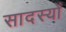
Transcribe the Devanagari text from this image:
सादस्यों